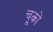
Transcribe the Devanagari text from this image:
चू्कों